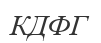
КДФГ